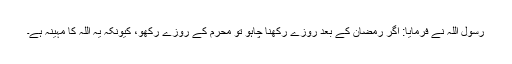
رسول اللہؐ نے فرمایا: اگر رمضان کے بعد روزے رکھنا چاہو تو محرم کے روزے رکھو، کیونکہ یہ اللہ کا مہینہ ہے۔